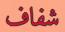
شفاف